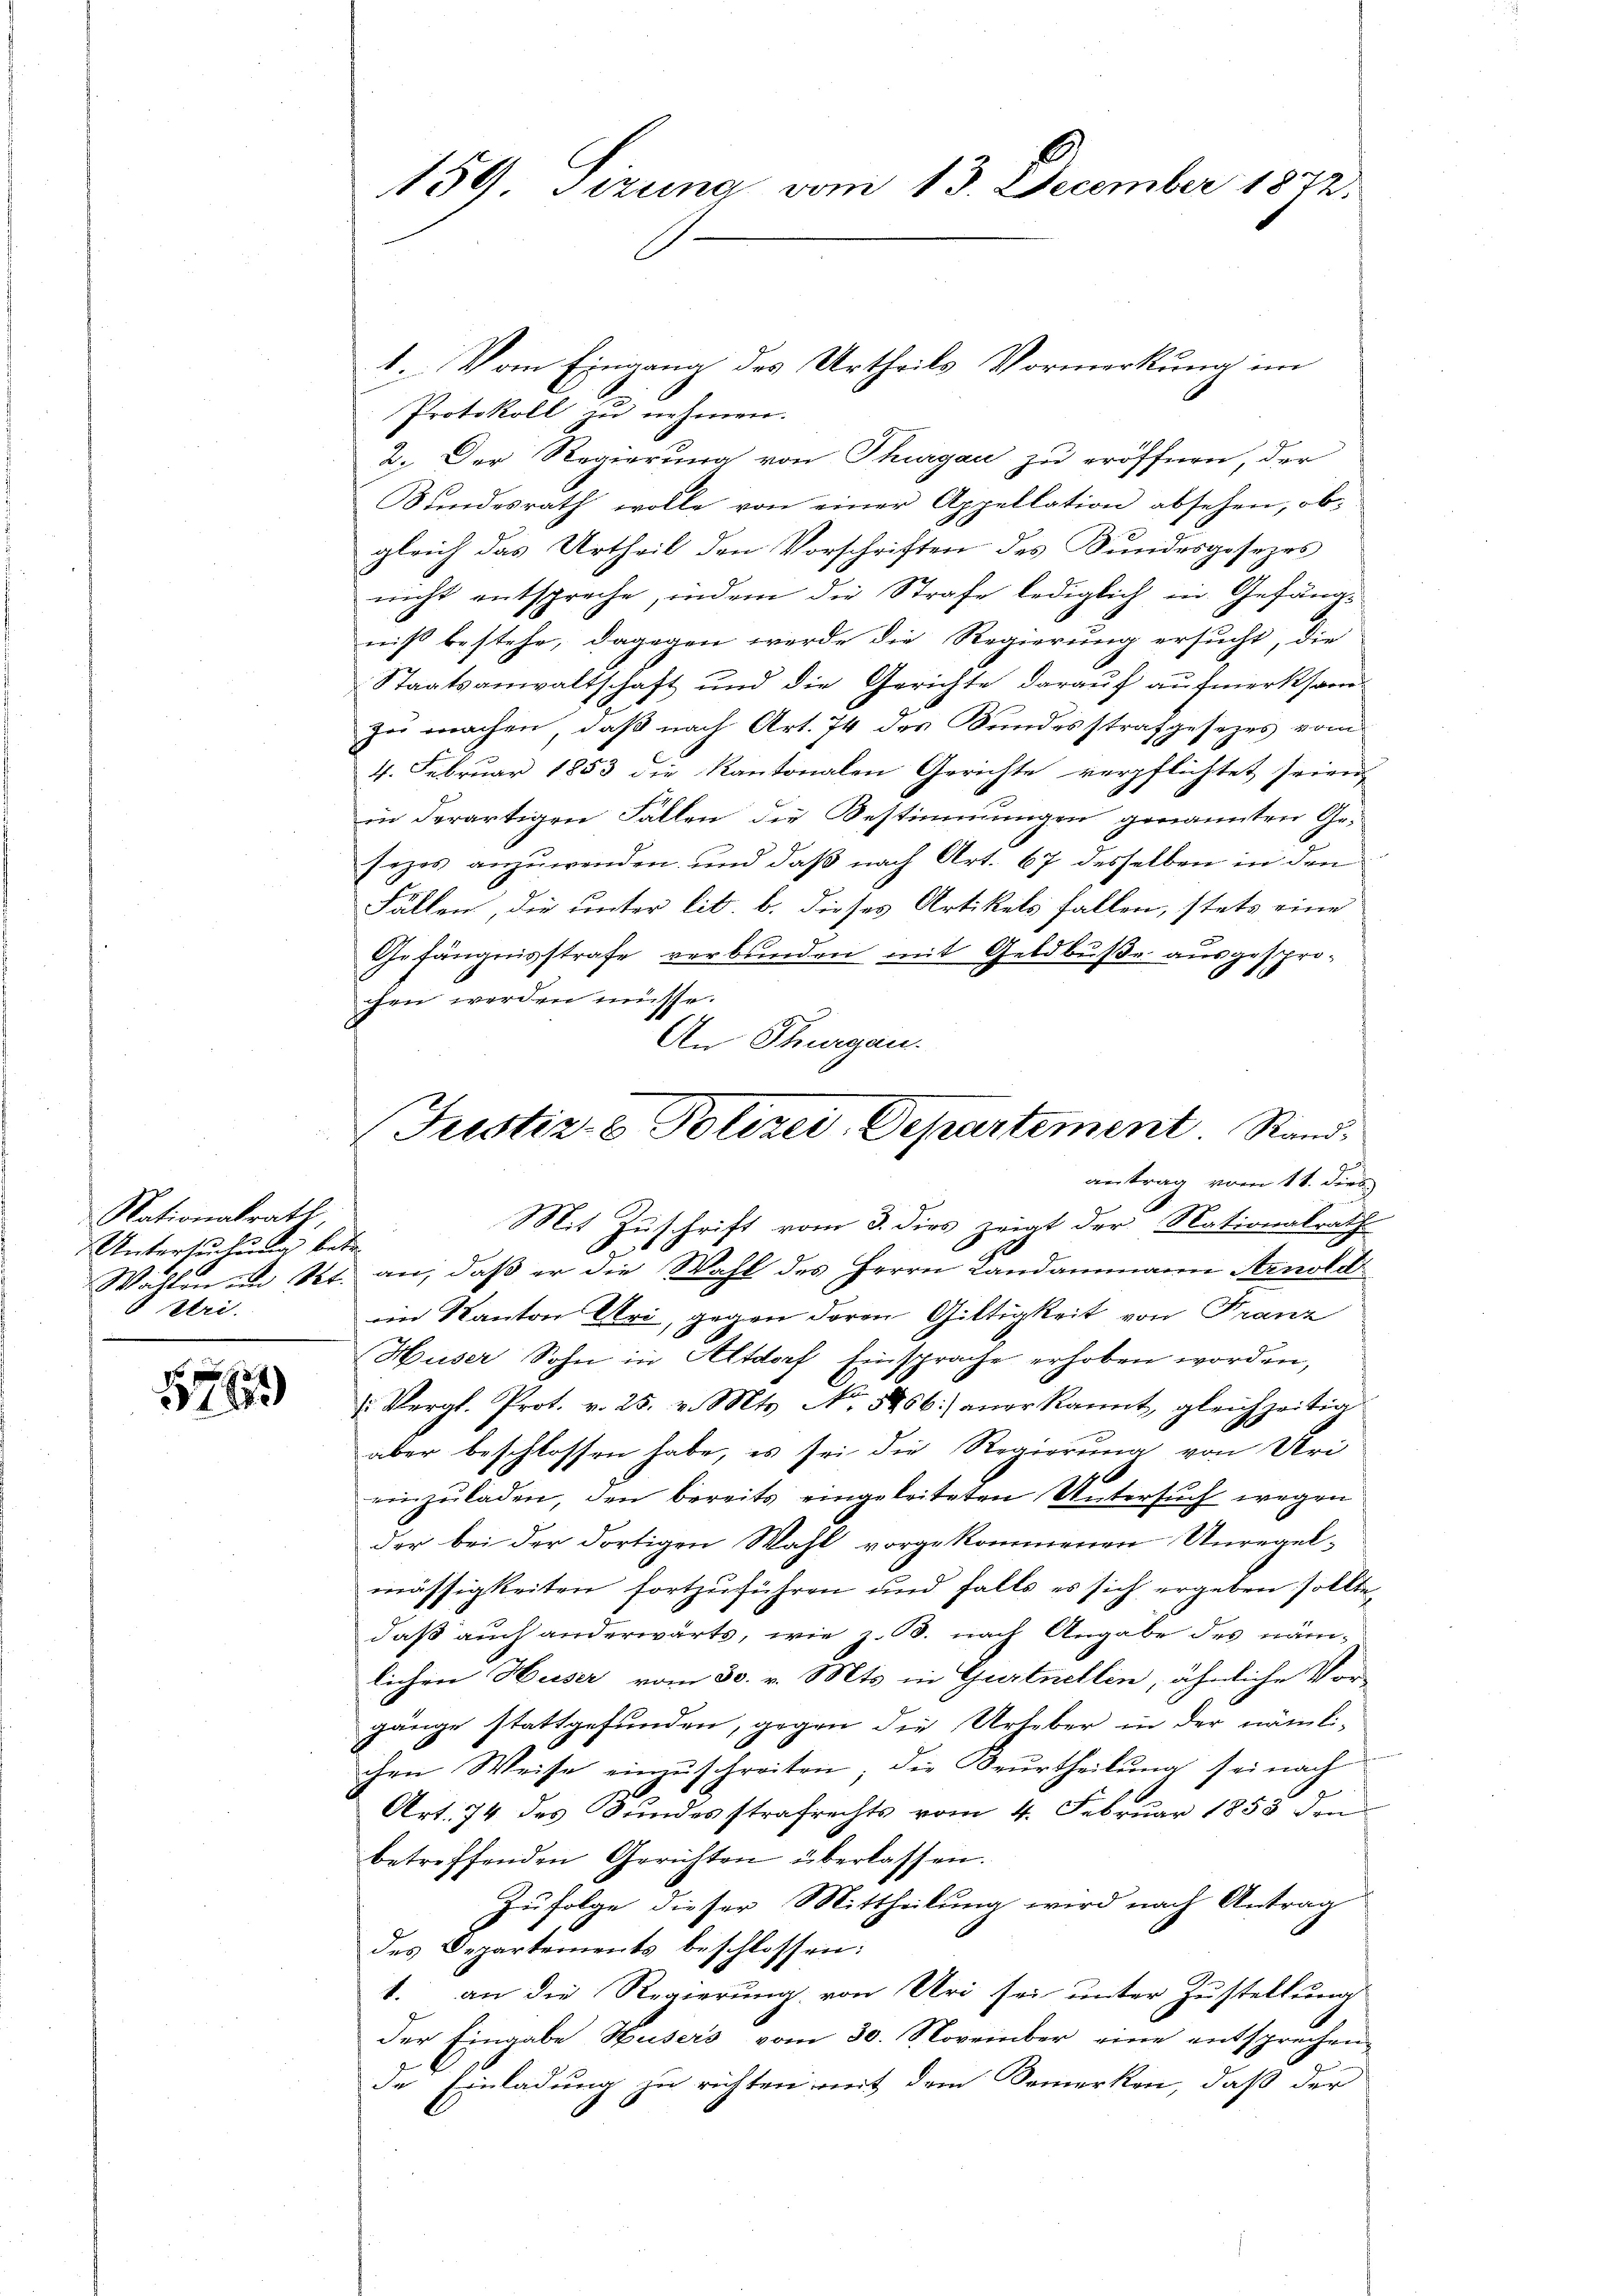
Nationalrath
Untersuchung betr.
 Uri.

178

159. Sizung vom 13. December 1872.

1. Vom Eingang des Urtheils Vormerkung im
Protokoll u. nehmen.
2. Der Regierung von Thurgau zu eröffnen, der
Bundesrath wolle von einer Appellation absehen, obgleich das Urtheil den Vorschriften des Bundesgesezes
nicht entspreche, indem die Strafe lediglich in Gefängniß bestehe, dagegen werde die Regierung ersucht, die
Staatsanwaltschaft und die Gerichte darauf aufmerksamzu machen, daß nach Art. 74 des Bundesstrafgesetzes vom
4. Februar 1853 die Kantonalen Gerichte verpflichtet seien,
in derartigen Fallen die Bestimmungen genannten Ge-
sezes anzuwenden, und daß nach Art. 67 desselben in den
Fällen, die unter lit. b. dieses Artikels fallen, stets eine
Gefängnisstrafe verbunden mit Geldbuße ausgesprochen werden müsse.
An Thurgau.
Wahlen in Rt. an, daß er die Wahl des Herrn Landammann Arnold
im Kanton Uri, gegen deren Giltigkeit von Franz
Huser Sohn in Altdorf Einsprache erhoben worden,
 Vergl. Prot. v. 25. v. Mts. No 5256) anerkannt, gleichzeitig
aber beschlossen habe, es sei die Regierung von Uri
16
einzuladen, den bereits eingeleiteten Untersuch wegen
der bei der dortigen Wahl vorgekommenen Unregel-
mässigkeiten fortzŭführen und falls es sich ergeben sollte,
daß auch anderwärts, wie z. B. nach Angabe des nämlichen Huser vom 30. v. Mts. in Gurtnellen, ähnliche Vor-
gänge stattgefunden, gegen die Urheber in der nämlichen Weise einschreiten; die Beurtheilŭng sei nach
Art. 74 des Bundesstrafrechts vom 4. Februar 1853 den
betreffenden Gerichten überlassen.
Zufolge dieser Mittheilung wird nach Antrag
des Departements beschlossen:
1. an die Regierung von Uri sei unter Zustellung
der Eingabe Husers vom 30. November eine entsprechen-
de Einladung zu richten mit dem Bemerken, daß der

Justiz- & Polizei. Departement. Stand
antrag vom 11. Dieb
Mit Zuschrift vom 3. dies zeigt der Nationalrath